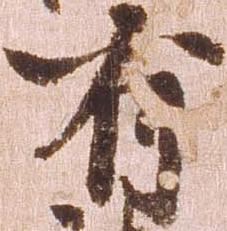
有